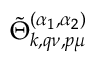
\tilde { \Theta } _ { \boldsymbol { k } , \boldsymbol { q } \nu , \boldsymbol { p } \mu } ^ { ( \alpha _ { 1 } , \alpha _ { 2 } ) }